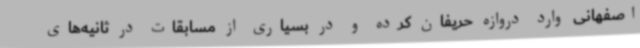
اصفهانی وارد دروازه حریفان کرده و در بسیاری از مسابقات در ثانیه‌های